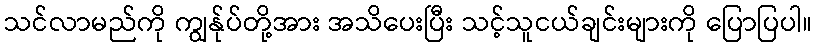
သင်လာမည်ကို ကျွန်ုပ်တို့အား အသိပေးပြီး သင့်သူငယ်ချင်းများကို ပြောပြပါ။